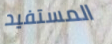
المستفيد